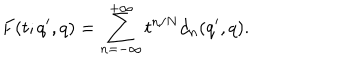
LaTeX: F ( t ; q ^ { \prime } , q ) = \sum _ { n = - \infty } ^ { + \infty } t ^ { n / N } d _ { n } ( q ^ { \prime } , q ) .